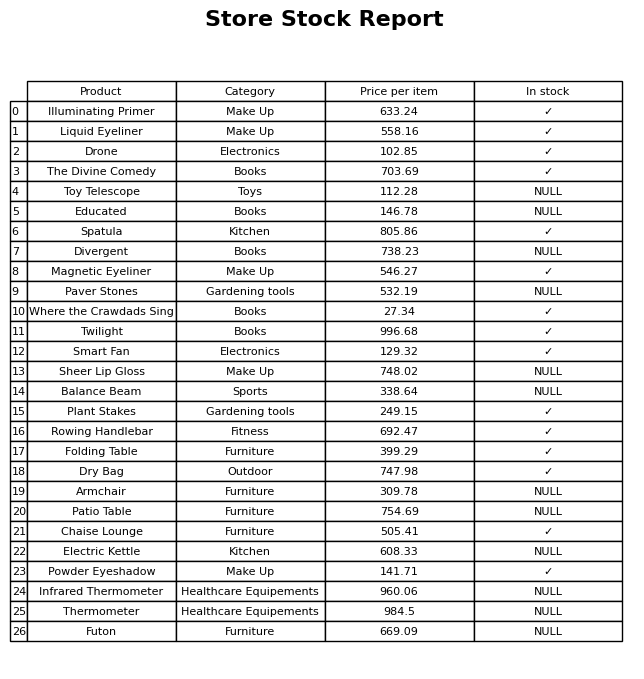
question: What is the stock status of the Patio Table?
answer: NULL